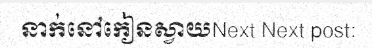
នាក់នៅកៀនស្វាយNext Next post: